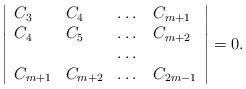
LaTeX: \begin{align*} \left | \begin{array}{llll} C_3 & C_4 & \dots & C_{m+1} \\ C_4 & C_5 & \dots & C_{m+2} \\ & & \dots \\ C_{m+1} & C_{m+2} & \dots & C_{2m-1} \end{array} \right |=0. \end{align*}